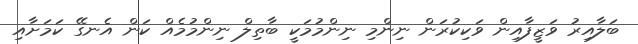
ބަލާއިރު ވަޒީފާއިން ވަކިކުރަން ނިންމި ނިންމުމަކީ ބާތިލް ނިންމުމެއް ކަން އެނގޭ ކަމަށާއި